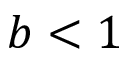
b < 1